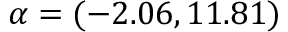
\alpha = ( - 2 . 0 6 , 1 1 . 8 1 )